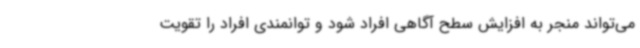
می‌تواند منجر به افزایش سطح آگاهی افراد شود و توانمندی افراد را تقویت